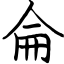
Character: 侖